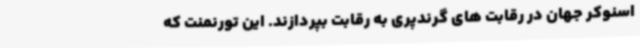
اسنوکر جهان در رقابت های گرندپری به رقابت بپردازند. این تورنمنت که